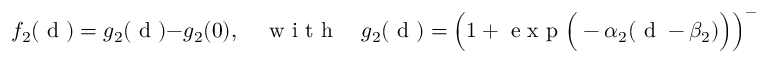
f _ { 2 } ( \mathrm { ~ d ~ } ) = g _ { 2 } ( \mathrm { ~ d ~ } ) - g _ { 2 } ( 0 ) , \quad \mathrm { ~ w ~ i ~ t ~ h ~ } \quad g _ { 2 } ( \mathrm { ~ d ~ } ) = \left( 1 + \mathrm { ~ e ~ x ~ p ~ } \Big ( - \alpha _ { 2 } ( \mathrm { ~ d ~ } - \beta _ { 2 } ) \Big ) \right) ^ { - 1 } .